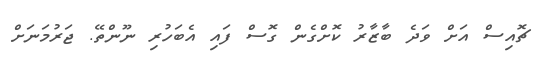
ޗޮއިސް އަށް ވަދެ ބާޒާރު ކޮށްގެން ގޮސް ފައި އެބަހުރި ނޫންތޭ. ޖަރުމަނަށް